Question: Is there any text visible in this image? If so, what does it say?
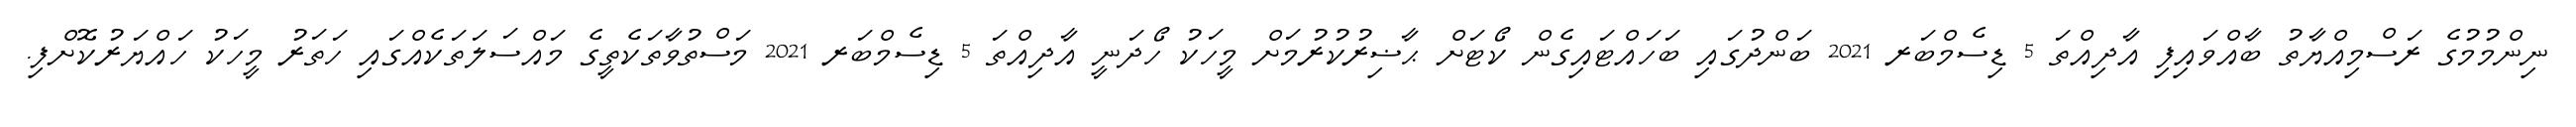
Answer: ނިންމުމުގެ ރަސްމިއްޔާތު ބާއްވައިފި އާދިއްތަ 5 ޑިސެމްބަރ 2021 ބަންދުގައި ބަހައްޓައިގެން ކޯޓަށް ޙާޟިރުކުރުމަށް މީހަކު ހޯދަނީ އާދިއްތަ 5 ޑިސެމްބަރ 2021 މަސްތުވާތަކެތީގެ މައްސަލަތަކެއްގައި ހަތަރު މީހަކު ހައްޔަރުކޮށްފި.